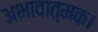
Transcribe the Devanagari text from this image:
अभावात्मक।